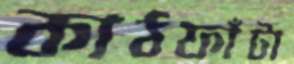
কাঠফাঁটা